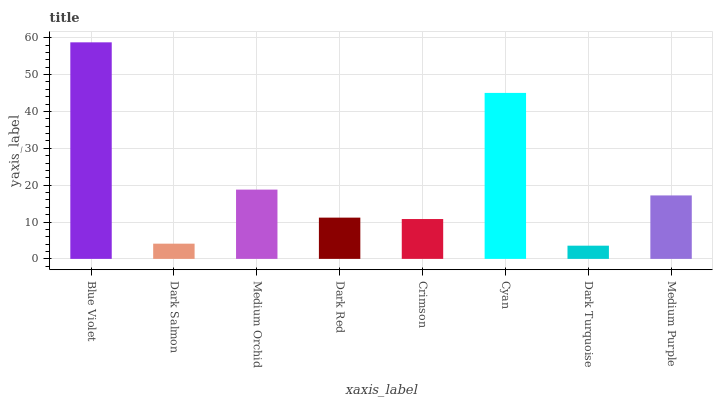
| xaxis_label | bars |
 | --- | --- |
 | Blue Violet | 58.8 |
 | Dark Salmon | 4.13 |
 | Medium Orchid | 18.8 |
 | Dark Red | 11.2 |
 | Crimson | 10.8 |
 | Cyan | 45 |
 | Dark Turquoise | 3.58 |
 | Medium Purple | 17.2 |